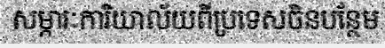
សម្ភារៈការិយាល័យពីប្រទេសចិនបន្ថែម